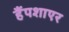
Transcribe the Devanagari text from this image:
हैंपशाएर